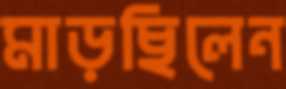
মাড়ছিলেন